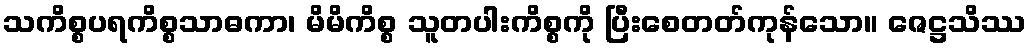
သကိစ္စပရကိစ္စသာဓကာ၊ မိမိကိစ္စ သူတပါးကိစ္စကို ပြီးစေတတ်ကုန်သော။ ဇေဋ္ဌသိဿ